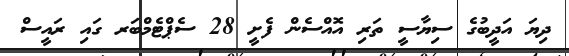
ދިޔަ އަދީބުގެ ސިޔާސީ ތަރި އޮއްސެން ފެށީ 28 ސެޕްޓެމްބަރ ގައި ރައީސް